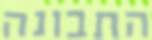
התבונה